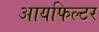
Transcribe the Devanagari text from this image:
आयफिल्टर